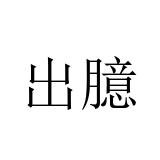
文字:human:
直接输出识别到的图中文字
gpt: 出臆